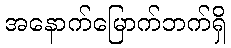
အနောက်မြောက်ဘက်ရှိ